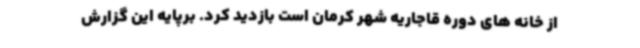
از خانه های دوره قاجاریه شهر کرمان است بازدید کرد. برپایه این گزارش